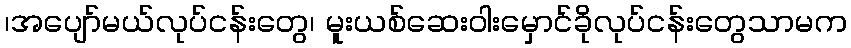
၊အပျော်မယ်လုပ်ငန်းတွေ၊ မူးယစ်ဆေးဝါးမှောင်ခိုလုပ်ငန်းတွေသာမက